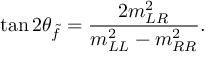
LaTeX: \tan 2 \theta _ { \tilde { f } } = \frac { 2 m _ { L R } ^ { 2 } } { m _ { L L } ^ { 2 } - m _ { R R } ^ { 2 } } .